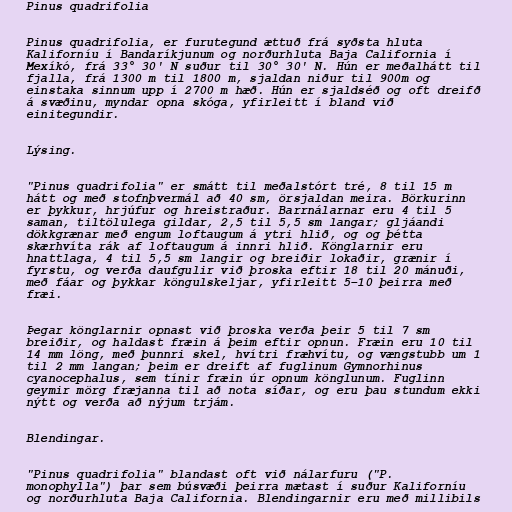
Pinus quadrifolia

Pinus quadrifolia, er furutegund ættuð frá syðsta hluta
Kaliforníu í Bandaríkjunum og norðurhluta Baja California í
Mexíkó, frá 33° 30' N suður til 30° 30' N. Hún er meðalhátt til
fjalla, frá 1300 m til 1800 m, sjaldan niður til 900m og
einstaka sinnum upp í 2700 m hæð. Hún er sjaldséð og oft dreifð
á svæðinu, myndar opna skóga, yfirleitt í bland við
einitegundir.

Lýsing.

"Pinus quadrifolia" er smátt til meðalstórt tré, 8 til 15 m
hátt og með stofnþvermál að 40 sm, örsjaldan meira. Börkurinn
er þykkur, hrjúfur og hreistraður. Barrnálarnar eru 4 til 5
saman, tiltölulega gildar, 2,5 til 5,5 sm langar; gljáandi
dökkgrænar með engum loftaugum á ytri hlið, og og þétta
skærhvíta rák af loftaugum á innri hlið. Könglarnir eru
hnattlaga, 4 til 5,5 sm langir og breiðir lokaðir, grænir í
fyrstu, og verða daufgulir við þroska eftir 18 til 20 mánuði,
með fáar og þykkar köngulskeljar, yfirleitt 5–10 þeirra með
fræi.

Þegar könglarnir opnast við þroska verða þeir 5 til 7 sm
breiðir, og haldast fræin á þeim eftir opnun. Fræin eru 10 til
14 mm löng, með þunnri skel, hvítri fræhvítu, og vængstubb um 1
til 2 mm langan; þeim er dreift af fuglinum Gymnorhinus
cyanocephalus, sem tínir fræin úr opnum könglunum. Fuglinn
geymir mörg fræjanna til að nota síðar, og eru þau stundum ekki
nýtt og verða að nýjum trjám.

Blendingar.

"Pinus quadrifolia" blandast oft við nálarfuru ("P.
monophylla") þar sem búsvæði þeirra mætast í suður Kaliforníu
og norðurhluta Baja California. Blendingarnir eru með millibils